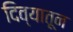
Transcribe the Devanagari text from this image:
दिव्यातून